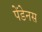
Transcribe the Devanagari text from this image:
पेंडेनस